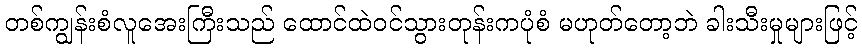
တစ်ကျွန်းစံလူအေးကြီးသည် ထောင်ထဲဝင်သွားတုန်းကပုံစံ မဟုတ်တော့ဘဲ ခါးသီးမှုများဖြင့်